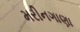
મરીનગાણા